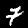
Digit: 7